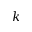
k